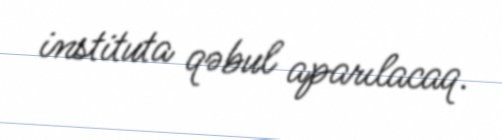
instituta qəbul aparılacaq.